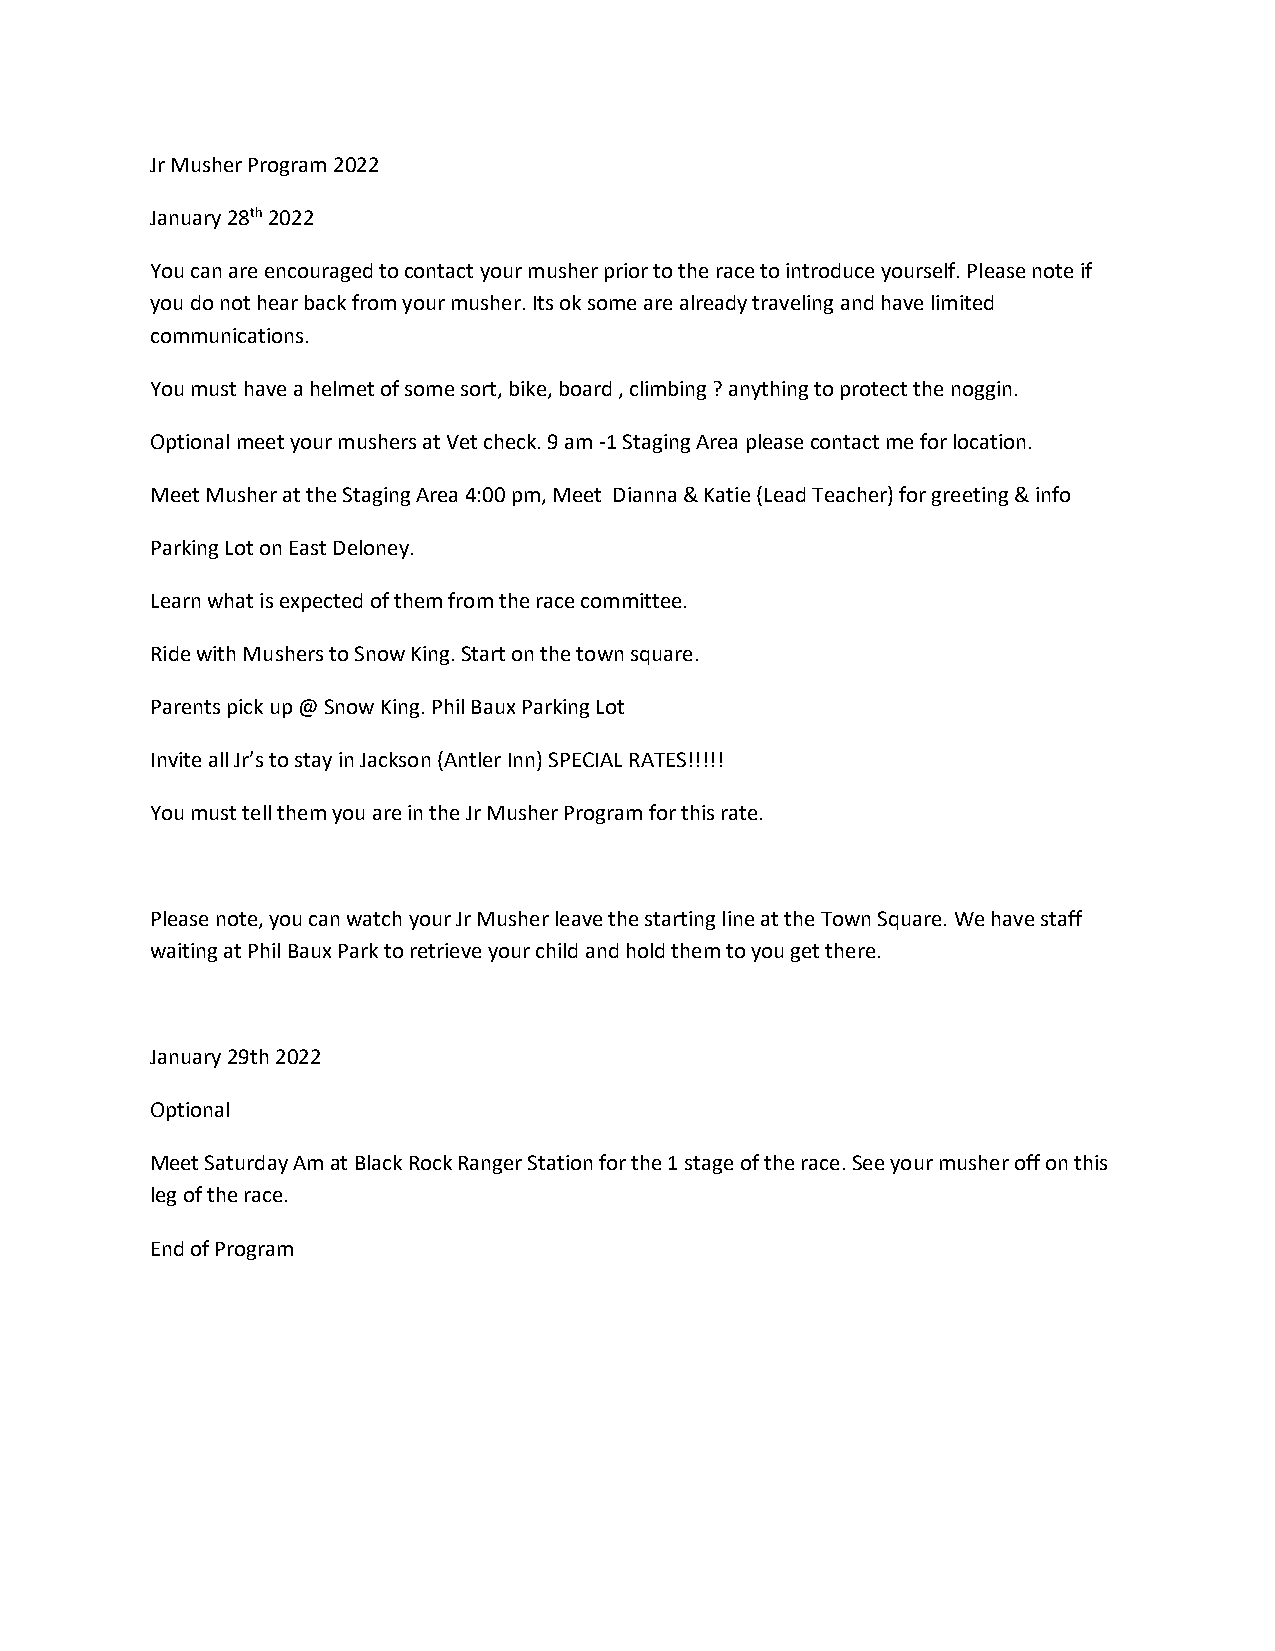
Jr Musher Program 2022
 January 28th 2022
 You can are encouraged to contact your musher prior to the race to introduce yourself. Please note if
 you do not hear back from your musher. Its ok some are already traveling and have limited
 communications.
 You must have a helmet of some sort, bike, board , climbing ? anything to protect the noggin.
 Optional meet your mushers at Vet check. 9 am -1 Staging Area please contact me for location.
 Meet Musher at the Staging Area 4:00 pm, Meet Dianna & Katie (Lead Teacher) for greeting & info
 Parking Lot on East Deloney.
 Learn what is expected of them from the race committee.
 Ride with Mushers to Snow King. Start on the town square.
 Parents pick up @ Snow King. Phil Baux Parking Lot
 Invite all Jr’s to stay in Jackson (Antler Inn) SPECIAL RATES!!!!!
 You must tell them you are in the Jr Musher Program for this rate.
 Please note, you can watch your Jr Musher leave the starting line at the Town Square. We have staff
 waiting at Phil Baux Park to retrieve your child and hold them to you get there.
 January 29th 2022
 Optional
 Meet Saturday Am at Black Rock Ranger Station for the 1 stage of the race. See your musher off on this
 leg of the race.
 End of Program